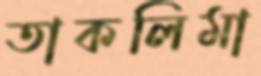
তাকলিমা